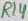
Text: R14